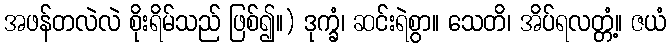
အဖန်တလဲလဲ စိုးရိမ်သည် ဖြစ်၍။) ဒုက္ခံ၊ ဆင်းရဲစွာ။ သေတိ၊ အိပ်ရလတ္တံ့။ ဇယံ